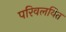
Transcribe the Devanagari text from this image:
परिवलयित